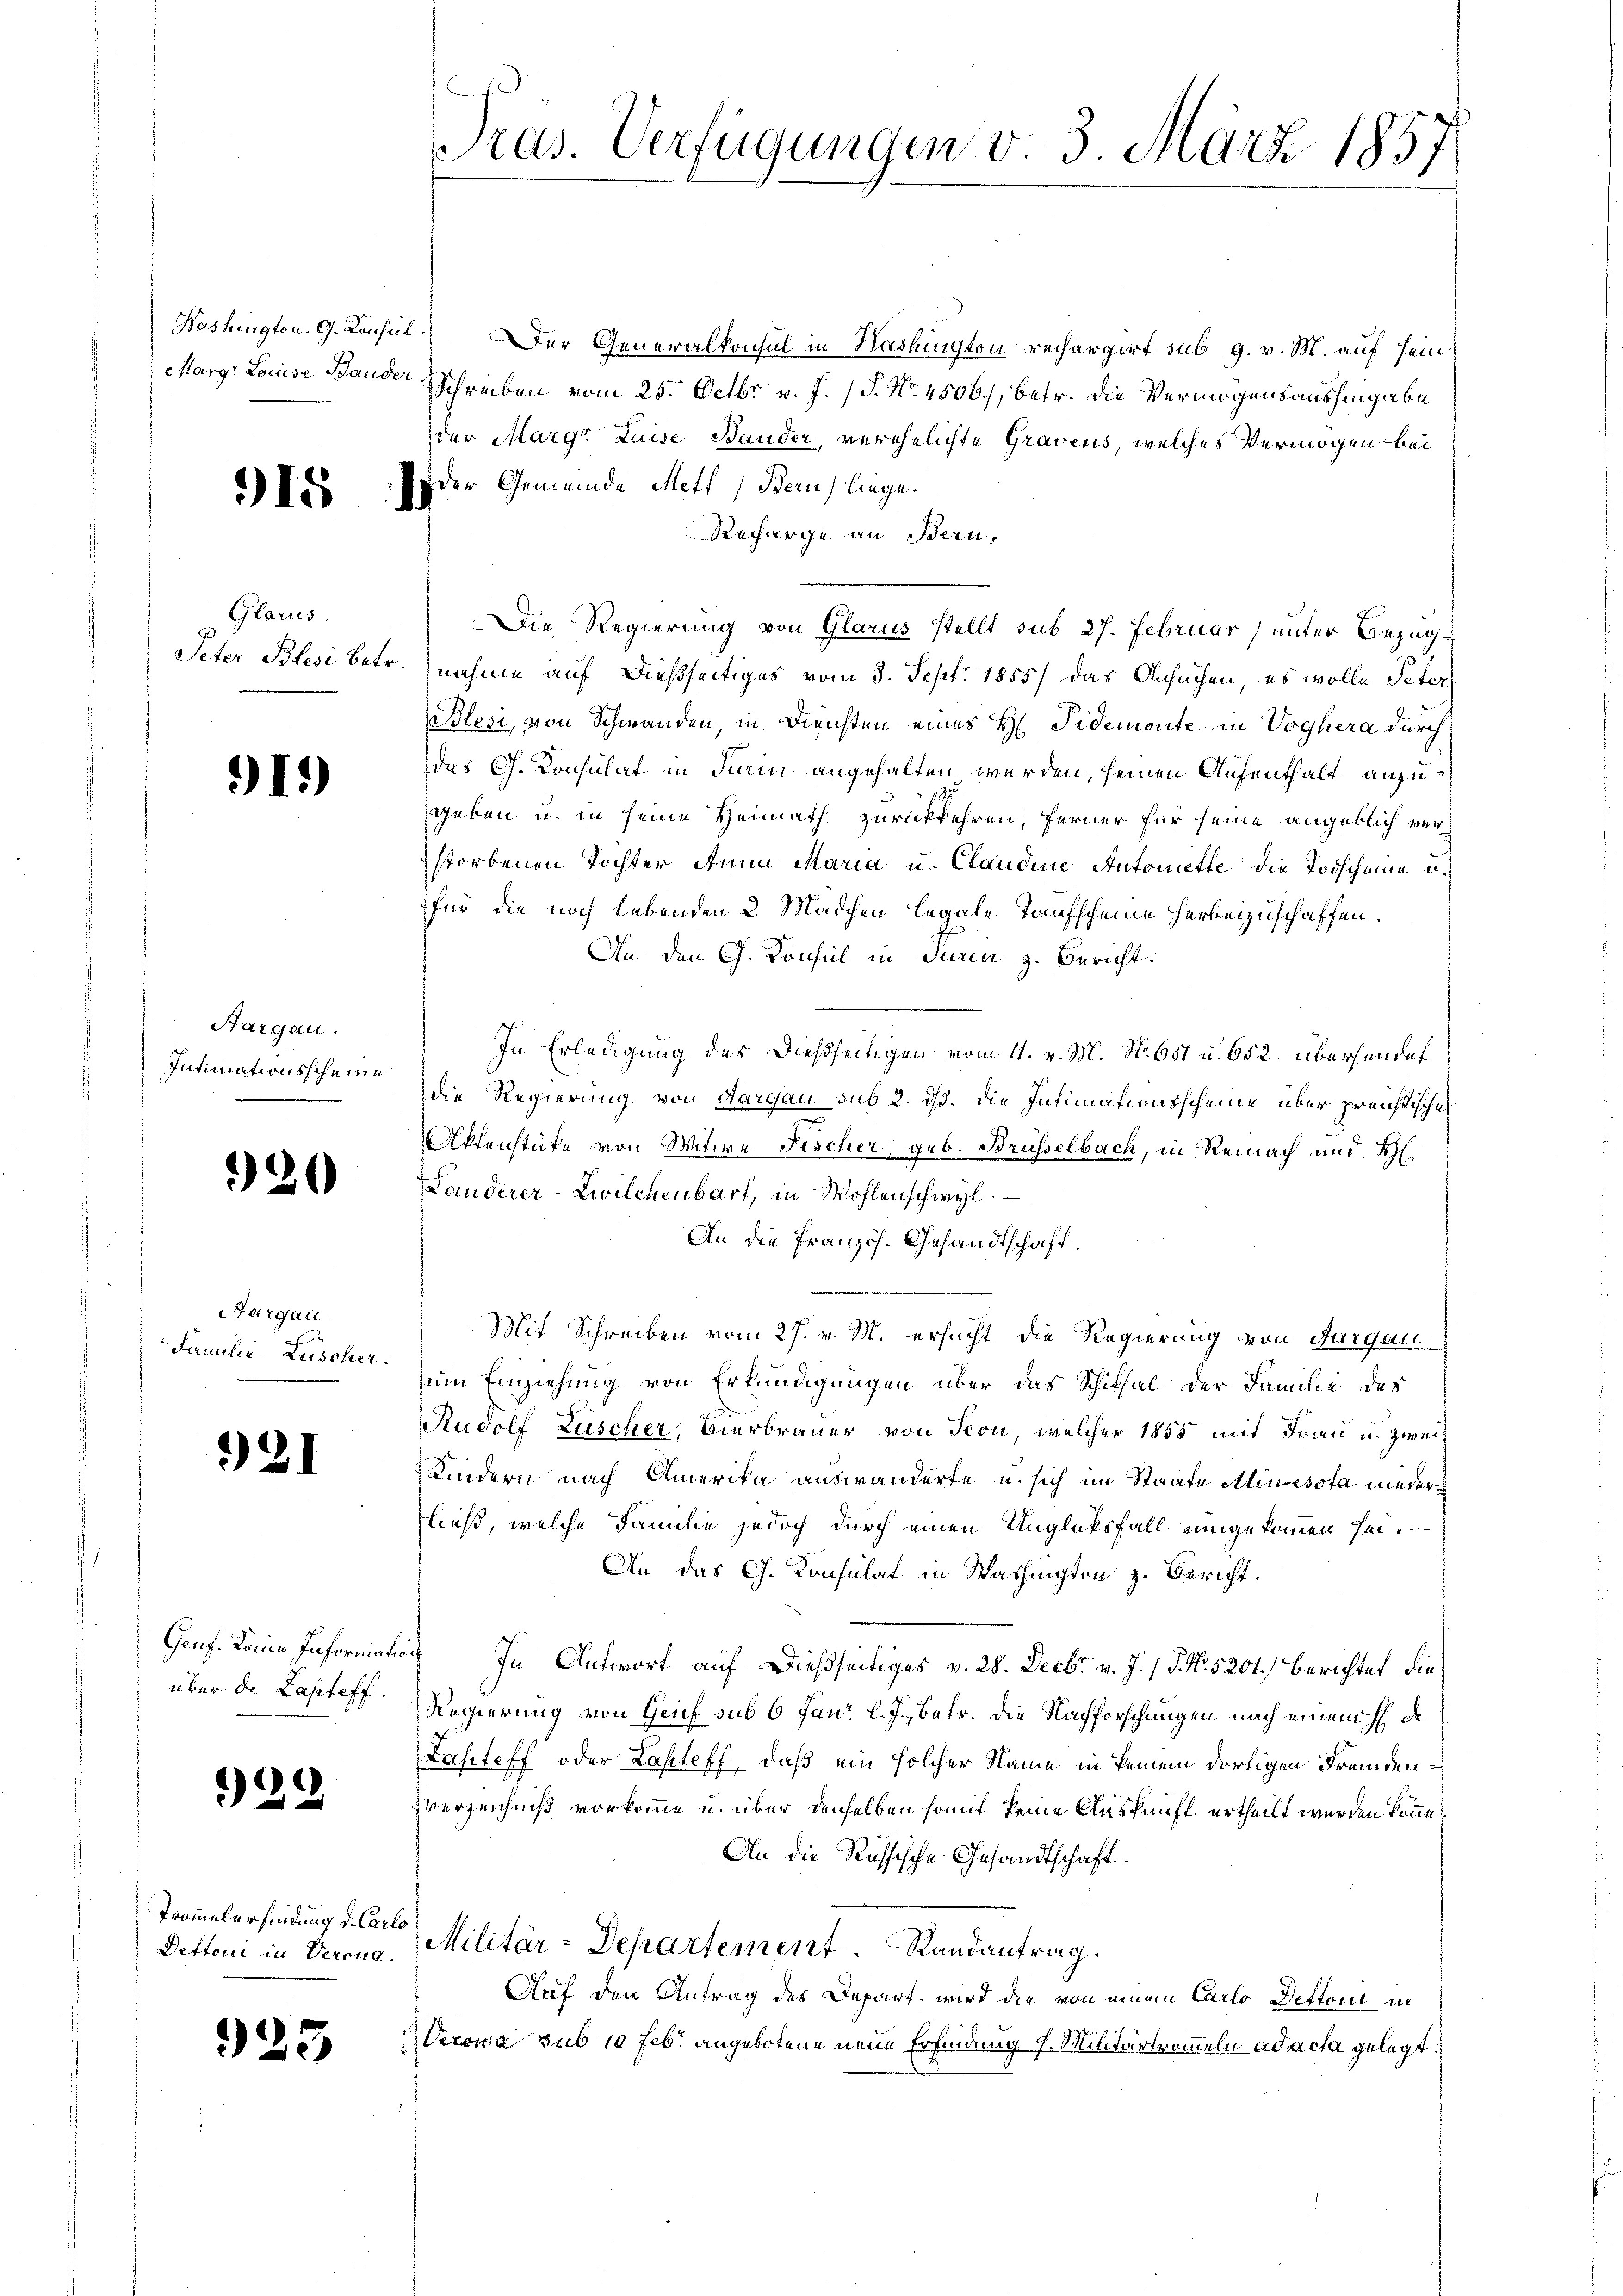
Marg. Louise. Bander

915

Glarus.
Peter Blesi betr.

91.)

Aargau.
Intimationsscheine

20

Aargau.
Familie Lüscher.

921

Genf keine Informati
über de Lapteff.

24

Tramelerfindung d. Carle
Dettorii in Verona.

923

Pras. Verfügungen v. 3. März 1857

Washington. G. Konsul) Der Generalkonsul in Washington rechargirt sub 9. v. M. auf sein
Schreiben vom 25. Octbr. v. J. J. No. 4506), betr. die Vermögensaushingabe
der Margr Luise Bauder, verehelichte Gravens, welches Vermögen bei
Der Gemeinde Mett (Bern) liege.
Recharge an Bern,
Die Regierung von Glarus stellt sub 27. Februar, unter Bezugnahme auf dießseitiges vom 8. Sept. 1855) das Ansuchen, es wolle Peter
Blesi, von Schwanden, in Diensten eines H: Pidemonte in Voghera durch
das Ch. Konsulat in Turin angehalten werden, seinen Aufenthalt anzugeben u. in seine Heimath zurückkehren, ferner für seine angeblich verstorbenen Tochter Anna Maria u. Claudine Antonette die Todscheine u.
für die noch lebenden 2 Mädchen legale Taufscheine herbeizuschaffen.
An den G. Konsul in Turin z. Bericht:
In Erledigung der dießseitigen vom 11. v. M. No. 651 u. 652. übersendet
die Regierung von Aargau sub 2. dß. Die Intimationsscheine über preußisches
Aktenstücke von Witwe Fischer, geb. Brüsselbach, in Reinach und H.
Landerer-Zwilchenbart, in Wohlenschwyl
An die Französ. Gesandtschaft.
Mit Schreiben vom 27. v. M. ersucht die Regierung von Aargau
zum Einziehung von Erkundigungen über das Schiksal der Familie des
Rudolf Lüscher, Bierbrauer von Seon, welcher 1855 mit Frau u. zweif
Kindern nach Amerika auswanderte u. sich im Staate Alinesota nieder
fließ, welche Familie jedoch durch einen Unglücksfall eingekommen sei.
An das G. Konsulat in Washington z. Bericht.
) In Antwort auf dießseitiges v. 28. Decbr. v. J. / 5. No. 5201.) Berichtet die
Regierung von Grif sub 6 Janr. l. J., betr. die Nachforschungen nach einem H D
Lahteff oder Lasteff, daß ein solcher Name in keinem dortigen Fremdenverzeichniß vorkomme u. über denselben somit keine Auskunft ertheilt werden könne,
An die Russische Gesandtschaft.
Militär-Departement Randantrag.
Auf den Antrag des Depart, wird die von einem Carlo Dettoni in
s
Verona sub 10 fl. angebotene neue Erfindung 7. Militärtrümmeln ad acta gelegt.